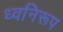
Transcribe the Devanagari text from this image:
ध्वनिरूप